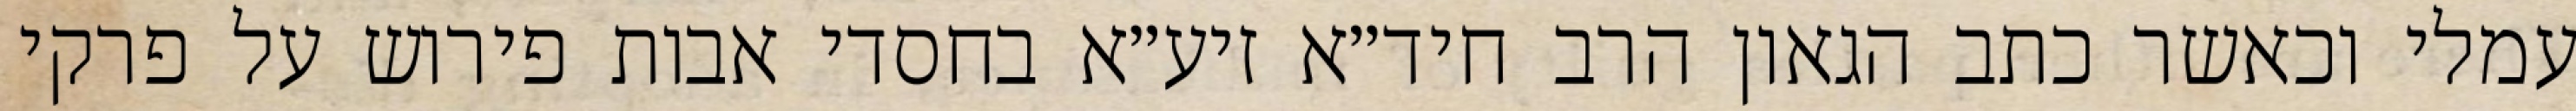
עמלי וכאשר כתב הגאון הרב חיד״א זיע״א בחסדי אבות פירוש על פרקי